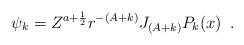
LaTeX: \begin{align*}\psi_k = Z^{a+\frac {1}{2}} r^{-(A + k)} J_{(A + k)} P_k(x)\,\,\,.\end{align*}